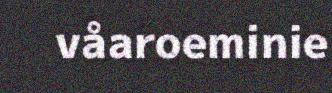
våaroeminie